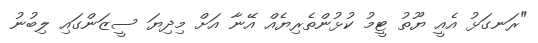
"ރަނގަޅު އެއީ ޔޫތު ޓީމު ކުޅުންތެރިޔެއް އޭނާ އަށް މިދިޔަ ސީޒަންގައި ލިބުނު